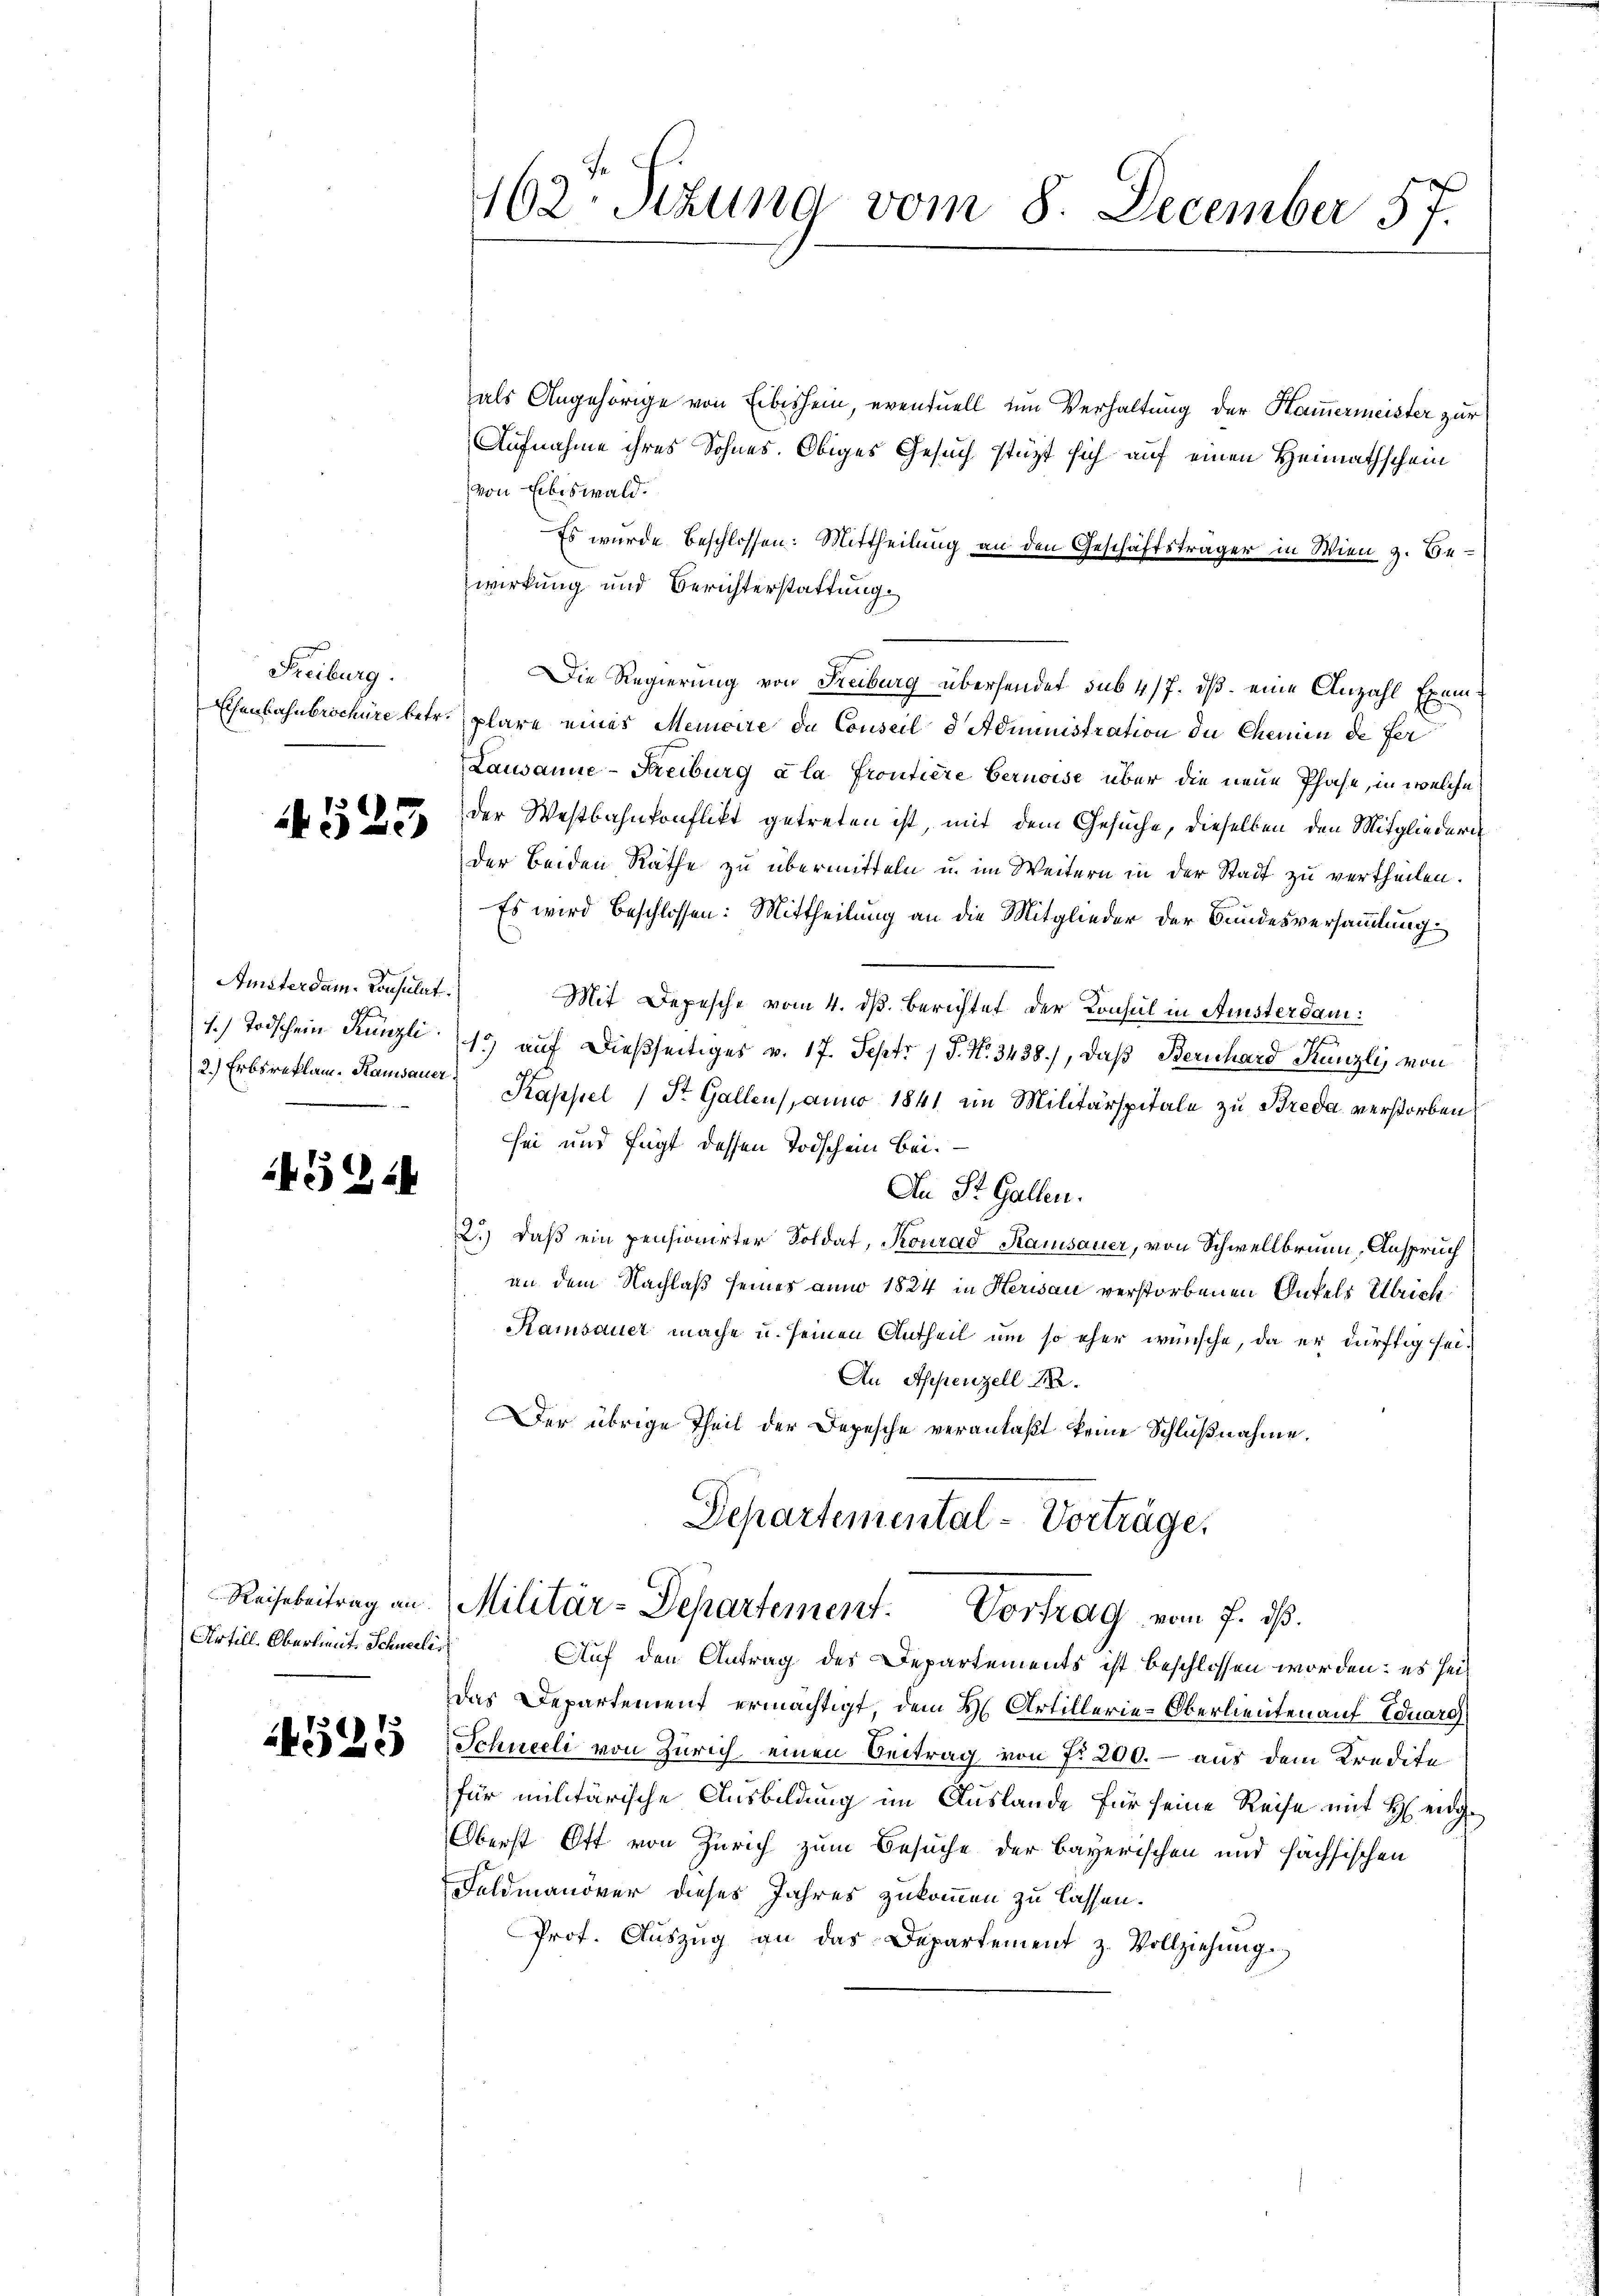
Freiburg.

4523

Amiterdam-Consulat

1452.

Artill. Oberlieut. Schneelis

1525

162. Sizung vom 8. December 57.

als Angehörige von Eibishein, eventuell um Verhaltung der Hammermeister zur
Aufnahme ihres Sohnes. Obiges Gesuch stüzt sich auf einen Heimathschein
von Ebiswald.
Es wurde beschlossen: Mittheilung an den Geschäftsträger in Wien z. Bewirkung und Berichterstattung
Die Regierung von Freiburg übersendet sub 4/7. dß eine Anzahl Exem¬
Eisenbahnbrochüre betr. plare eines Memoire du Conseil d Administration die Chemien de fer
Lausanne-Freiburg a la Frontiere beruoise über die neue Phase, in welche
der Westbahnkonflikt getreten ist, mit dem Gesuche, dieselben den Mitgliedern
der beiden Räthe zu übermitteln u. im Weitern in der Stadt zu vertheilen.
Es wird beschlossen: Mittheilung an die Mitglieder der Bundesversammlung
Mit Depesche vom 4. dß. Berichtet der Konsul in Ansterdan¬
1. Todschein Künzli 13 auf dießseitiges v. 17. Sept. 1 P. Nr. 3438), daß Bernhard Kanzli, von
2.) Erbsreklam. Kausaner Kapsel (St. Gallen, anno 1841 im Militärspitale zu Breda verstorben
sei und fügt dessen Todschein bei.
An St. Gallen.
2.) daß ein pensionirter Soldat, Konrad Kamisauer, von Schwellbrunn, Anspruch
an dem Nachlaß seines anno 1824 in Herisau verstorbenen Anfels Ulrich
Kaisauer mache u. seinen Antheil um so eher wünsche, da er dürftig sei¬
An Appenzell A.
Der übrige Theil der Depesche veranlaßt keine Schlußnahme.
Departemental-Vorträge,
Reisebeitrag an Militär-Departement. Vortrag vom 7. ds.
Auf den Antrag des Departements ist beschlossen worden: es seidas Departement ermächtigt, dem H. Artillerie-Oberlieuten auf Eduard
2
Schneeli von Zürich einen Beitrag von fr 200.- aus dem Kredite
für militärische Ausbildung im Auslande für seine Reise mit H. eidge
Oberst Ott von Zürich zum Besuche der bayerischen und sächsischen
Feldmanöver dieses Jahres zukommen zu lassen.
Prot. Aŭszŭg an das Departement z. Vollziehŭng